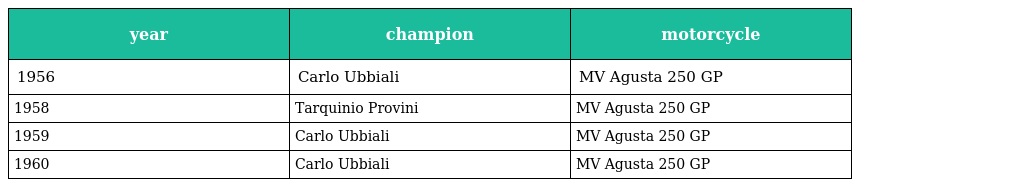
| year | champion | motorcycle |
 | --- | --- | --- |
 | 1956 | Carlo Ubbiali | MV Agusta 250 GP |
 | 1958 | Tarquinio Provini | MV Agusta 250 GP |
 | 1959 | Carlo Ubbiali | MV Agusta 250 GP |
 | 1960 | Carlo Ubbiali | MV Agusta 250 GP |